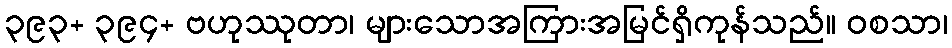
၃၉၃+ ၃၉၄+ ဗဟုဿုတာ၊ များသောအကြားအမြင်ရှိကုန်သည်။ ဝစသာ၊